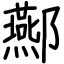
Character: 酀